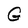
Character: G